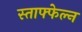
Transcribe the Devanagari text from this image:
स्ताफ्फेल्न